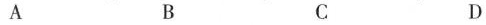
A B C D